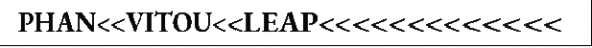
PHAN<<VITOU<<LEAP<<<<<<<<<<<<<